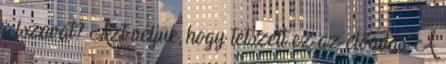
jelszavát? Azt véljük, hogy tetszett ez az előadás. A